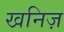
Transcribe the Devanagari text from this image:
खनिज़